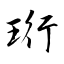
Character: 珩